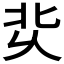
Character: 𰞆